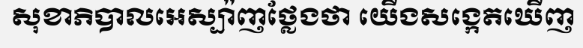
សុខាភិបាលអេស្ប៉ាញថ្លែងថា យើងសង្កេតឃើញ